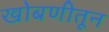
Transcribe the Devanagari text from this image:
खोबणीतून